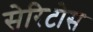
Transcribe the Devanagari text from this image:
सेरिटोस